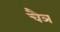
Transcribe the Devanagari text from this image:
चैञ